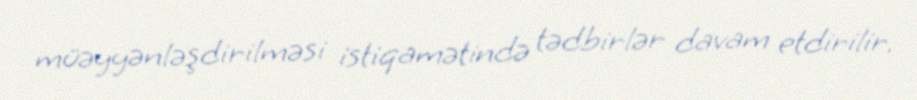
müəyyənləşdirilməsi istiqamətində tədbirlər davam etdirilir.